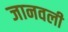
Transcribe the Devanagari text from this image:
जानवली